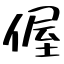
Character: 偓